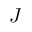
J